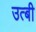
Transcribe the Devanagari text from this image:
उत्बी